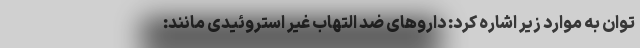
توان به موارد زیر اشاره کرد: داروهای ضد التهاب غیر استروئیدی مانند: